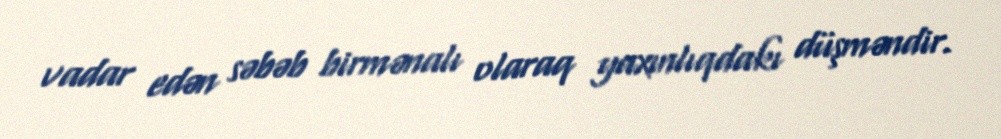
vadar edən səbəb birmənalı olaraq yaxınlıqdakı düşməndir.